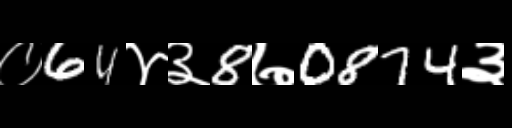
Text: ०64४३8७0874३